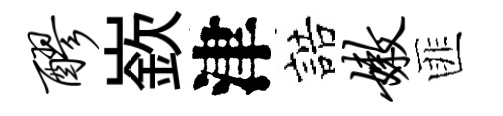
醪嶔津誥嫩匪